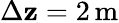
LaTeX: \Delta\mathbf{z}=2\mathrm{{\, m}}